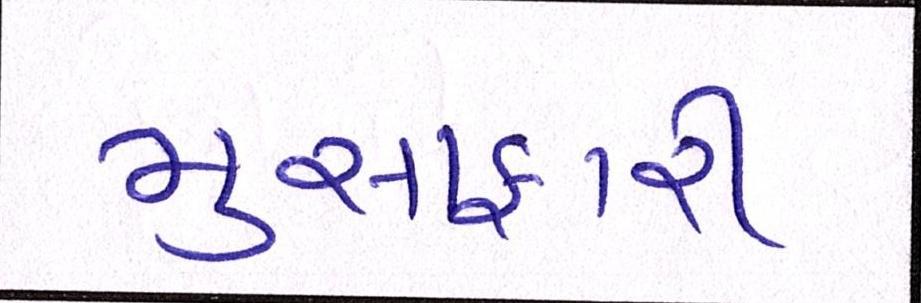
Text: મુસાફરી